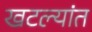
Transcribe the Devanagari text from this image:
खटल्यांत